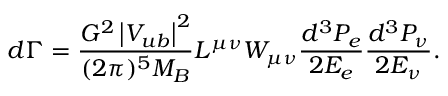
d \Gamma = \frac { G ^ { 2 } \left| V _ { u b } \right| ^ { 2 } } { ( 2 \pi ) ^ { 5 } M _ { B } } L ^ { \mu \nu } W _ { \mu \nu } \frac { d ^ { 3 } P _ { e } } { 2 E _ { e } } \frac { d ^ { 3 } P _ { \nu } } { 2 E _ { \nu } } .